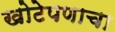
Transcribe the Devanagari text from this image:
खोटेपणाचा